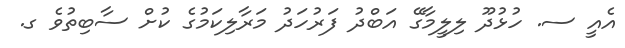
އެއީ ސ. ހުޅުދޫ ލިލީމާގޭ އަބްދު ފަރުހަދު މަރާލިކަމުގެ ކުށް ސާބިތުވެ ގ.